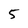
Character: 5